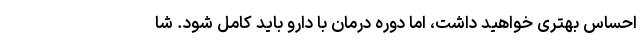
احساس بهتری خواهید داشت، اما دوره درمان با دارو باید کامل شود. شا